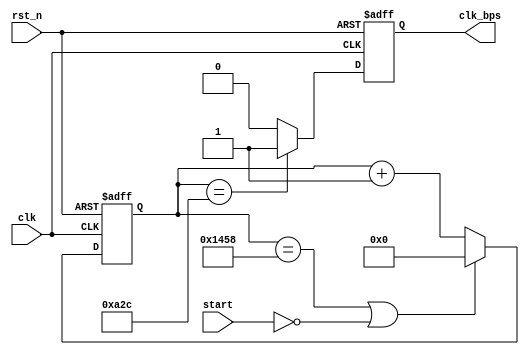
module speed_select(clk,rst_n,start,clk_bps);

input  clk;
input  rst_n;
input  start;
output clk_bps;

parameter DIV=(50_000_000/9600);
parameter DIV_half=(DIV/2);

reg [12:0] cnt;
reg        clk_bps_r;

always @ (posedge clk or negedge rst_n)
if(!rst_n) cnt<=13'd0;
else if((cnt==DIV)||!start) cnt<=13'd0;
else cnt<=cnt+1'b1;

always @ (posedge clk or negedge rst_n)
if(!rst_n) clk_bps_r<=1'b0;
else if(cnt==DIV_half) clk_bps_r<=1'b1;
else clk_bps_r<=1'b0;

assign clk_bps = clk_bps_r;

endmodule